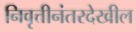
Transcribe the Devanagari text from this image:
निवृत्तीनंतरदेखील